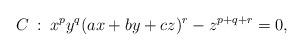
LaTeX: \begin{align*}C\::\: x^py^q(ax+by+cz)^r-z^{p+q+r}=0,\end{align*}